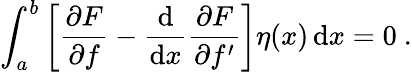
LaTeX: \int_{a}^{b}\left[{\frac{\partial F}{\partial f}}-{\frac{\mathrm{d}}{\mathrm{d}x}}{\frac{\partial F}{\partial f^{\prime}}}\right]\eta(x)\, \mathrm{d}x=0\ .